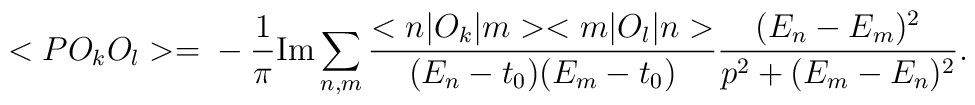
<PO_{k}O_{l}> = \nonumber \\- \frac{1}{\pi } {\rm Im} \sum _{n,m} \frac{<n|O_{k}|m><m|O_{l}|n>}{(E_{n} -t_{0} )(E_{m} - t_{0} )} \frac{(E_{n} -E_{m})^{2}}{p^{2} + (E_{m} -E_{n})^{2}}.